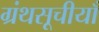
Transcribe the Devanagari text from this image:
ग्रंथसूचीयाँ